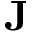
{ \bf J }